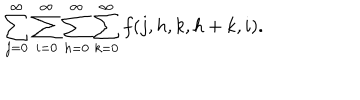
LaTeX: \sum _ { j = 0 } ^ { \infty } \sum _ { i = 0 } ^ { \infty } \sum _ { h = 0 } ^ { \infty } \sum _ { k = 0 } ^ { \infty } f ( j , h , k , h + k , i ) .